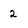
Character: 2